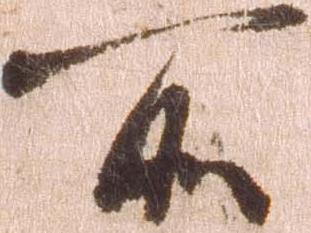
所